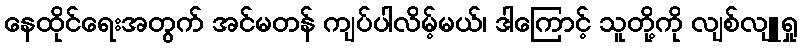
နေထိုင်ရေးအတွက် အင်မတန် ကျပ်ပါလိမ့်မယ်၊ ဒါကြောင့် သူတို့ကို လျစ်လျူရှု